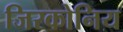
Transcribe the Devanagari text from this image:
जिरकोनिय